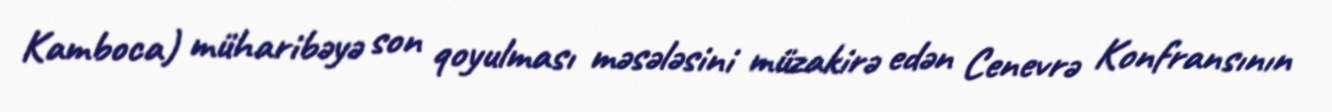
Kamboca) müharibəyə son qoyulması məsələsini müzakirə edən Cenevrə Konfransının